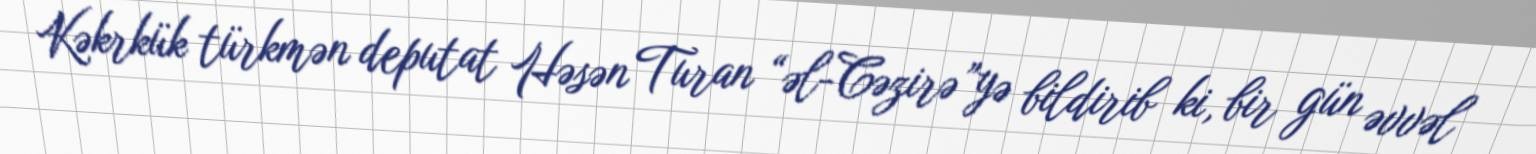
Kəkrkük türkmən deputat Həsən Turan “əl-Cəzirə”yə bildirib ki, bir gün əvvəl